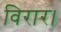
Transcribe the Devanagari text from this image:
विरार।